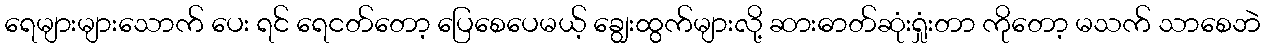
ရေများများသောက် ပေး ရင် ရေငတ်တော့ ပြေစေပေမယ့် ချွေးထွက်များလို့ ဆားဓာတ်ဆုံးရှုံးတာ ကိုတော့ မသက် သာစေဘဲ